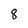
Character: 8